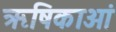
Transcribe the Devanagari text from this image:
ऋषिकाओं